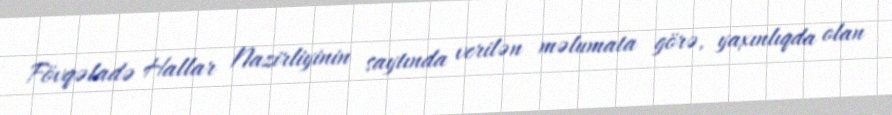
Fövqəladə Hallar Nazirliyinin saytında verilən məlumata görə, yaxınlıqda olan